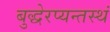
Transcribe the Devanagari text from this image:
बुद्धेरप्यन्तस्थं